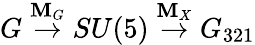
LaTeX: G\stackrel{\mathbf{M}_{G}}{\rightarrow}SU(5)\stackrel{\mathbf{M}_{X}}{\rightarrow}G_{321}